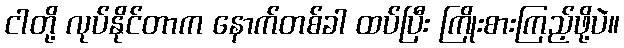
ငါတို့ လုပ်နိုင်တာက နောက်တစ်ခါ ထပ်ပြီး ကြိုးစားကြည့်ဖို့ပဲ။